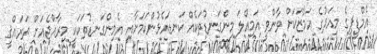
އެމްޑީޕީގެ މިއަދުގެ އަމާޒަކަށް ވާންވީ އަމިއްލަ މިންގަނޑުތަކެއް ކަނޑައެޅުންކަމަށާއި އެމިންގަނޑުތަކަކީ މިރާއްޖެއަށް ތަރައްޤީ